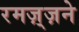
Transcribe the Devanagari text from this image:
रमज़्ज़ने